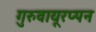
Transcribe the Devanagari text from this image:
गुरुवायूरप्पन